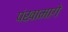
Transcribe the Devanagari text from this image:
पंखामागे